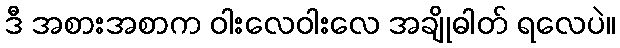
ဒီ အစားအစာက ဝါးလေဝါးလေ အချိုဓါတ် ရလေပဲ။